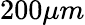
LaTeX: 200\mu m